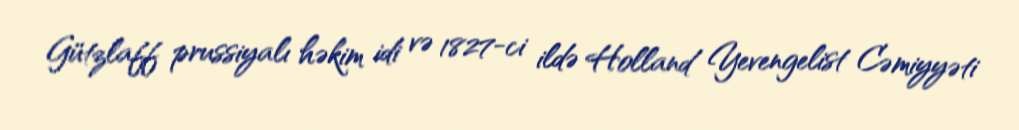
Gützlaff prussiyalı həkim idi və 1827-ci ildə Holland Yevengelist Cəmiyyəti